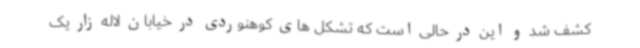
کشف شد و این در حالی است که تشکل های کوهنوردی در خیابان لاله زار یک